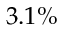
3 . 1 \%